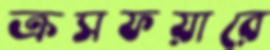
ক্রসফয়ারে